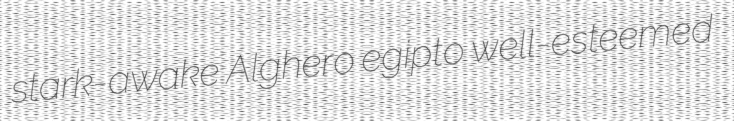
stark-awake Alghero egipto well-esteemed